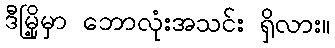
ဒီမြို့မှာ ဘောလုံးအသင်း ရှိလား။